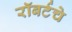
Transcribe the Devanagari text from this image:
रॉबर्टचे